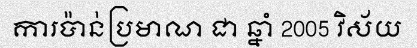
ការប៉ាន់ប្រមាណ ជា ឆ្នាំ 2005 វិស័យ